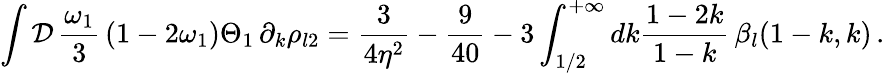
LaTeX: \int{\cal D}\, {\frac{\omega_{1}}3}\left(1-2\omega_{1}\right)\Theta_{1}\, \partial_{k}\rho_{l2}=\frac 3{4\eta^{2}}-\frac 9{40}-3\int_{1/2}^{+\infty}dk\frac{1-2k}{1-k}\, \beta_{l}(1-k,k)\, .